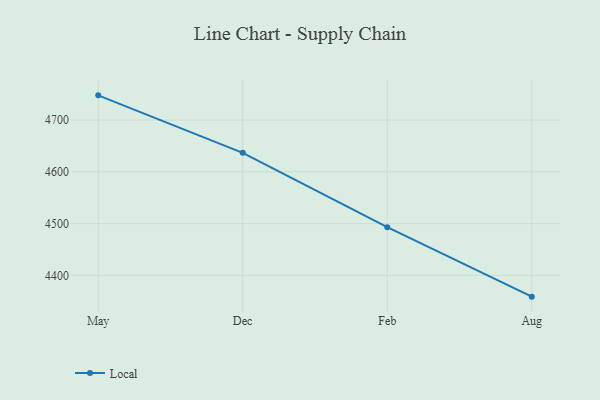
{"axis": {"x": "Month", "y": "Gross Profit (USD K)"}, "legend": ["Local"], "data": [{"x": "May", "y": 4747.7, "type": "Local"}, {"x": "Dec", "y": 4636.7, "type": "Local"}, {"x": "Feb", "y": 4493.0, "type": "Local"}, {"x": "Aug", "y": 4358.9, "type": "Local"}]}